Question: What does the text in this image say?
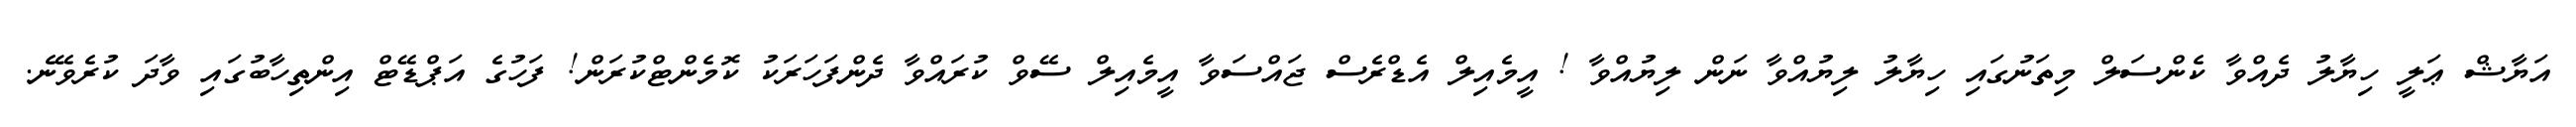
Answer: އަޔާޝް ޢަލީ ހިޔާލު ދެއްވާ ކެންސަލް މިތަނުގައި ހިޔާލު ލިޔުއްވާ ނަން ލިޔުއްވާ ! އީމެއިލް އެޑްރެސް ޖައްސަވާ އީމެއިލް ސޭވް ކުރައްވާ ދެންފަހަރަކު ކޮމެންޓްކުރަން! ފަހުގެ އަޕްޑޭޓް އިންތިހާބުގައި ވާދަ ކުރެވޭނެ.